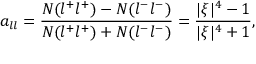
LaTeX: a _ { l l } = \frac { N ( l ^ { + } l ^ { + } ) - N ( l ^ { - } l ^ { - } ) } { N ( l ^ { + } l ^ { + } ) + N ( l ^ { - } l ^ { - } ) } = \frac { | \xi | ^ { 4 } - 1 } { | \xi | ^ { 4 } + 1 } ,